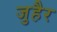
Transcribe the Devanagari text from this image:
जुहैर